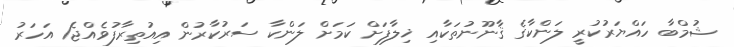
ޝުމްބާ ހައްޔަރުކުރީ ލަންކާގެ ޤާނޫނުތަކާއި ޚިލާފަށް ކަމަށް ލަންކާ ސަރުކާރުން އިއުތިރާފުވެއްޖެ1 އަހަރު